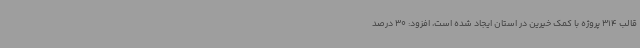
قالب 314 پروژه با کمک خیرین در استان ایجاد شده است، افزود: 30 درصد